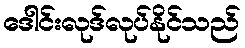
ဒေါင်းလုဒ်လုပ်နိုင်သည်